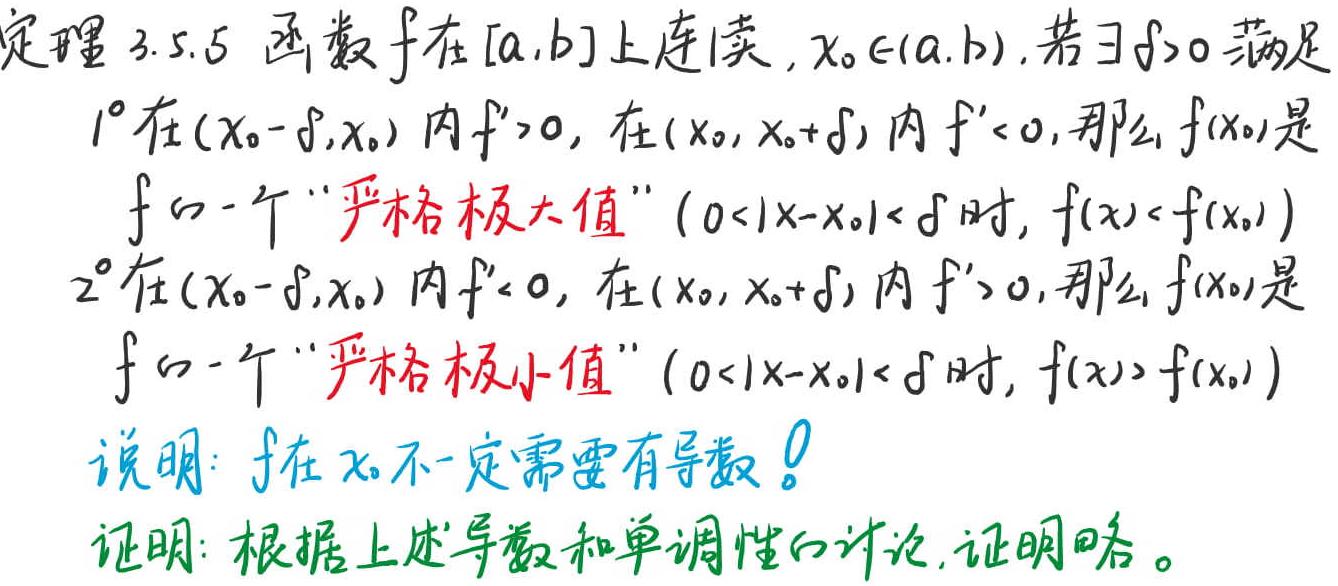
定理 3.5.5 函数 $f$ 在 $[a,b]$ 上连续, $x_0 \in (a,b)$. 若 $\exists \delta > 0$ 满足
$1^{\circ}$ 在 $(x_0 - \delta,x_0)$ 内 $f' > 0$, 在 $(x_0,x_0 + \delta)$ 内 $f' < 0$, 那么 $f(x_0)$ 是
$f$ 的一个 “严格极大值” $(0 < |x - x_0| < \delta$ 时, $f(x) < f(x_0))$
$2^{\circ}$ 在 $(x_0 - \delta,x_0)$ 内 $f' < 0$, 在 $(x_0,x_0 + \delta)$ 内 $f' > 0$, 那么 $f(x_0)$ 是
$f$ 的一个 “严格极小值” $(0 < |x - x_0| < \delta$ 时, $f(x) > f(x_0))$
说明: $f$ 在 $x_0$ 不一定需要有导数！
证明: 根据上述导数和单调性的讨论, 证明略。